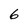
Character: 6